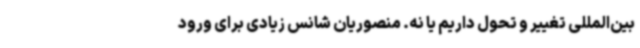
بین‌المللی تغییر و تحول داریم یا نه. منصوریان شانس زیادی برای ورود